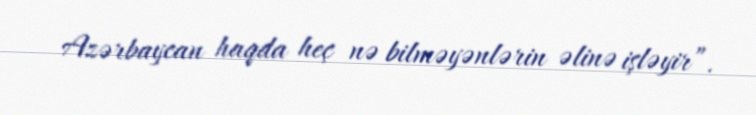
Azərbaycan haqda heç nə bilməyənlərin əlinə işləyir”.